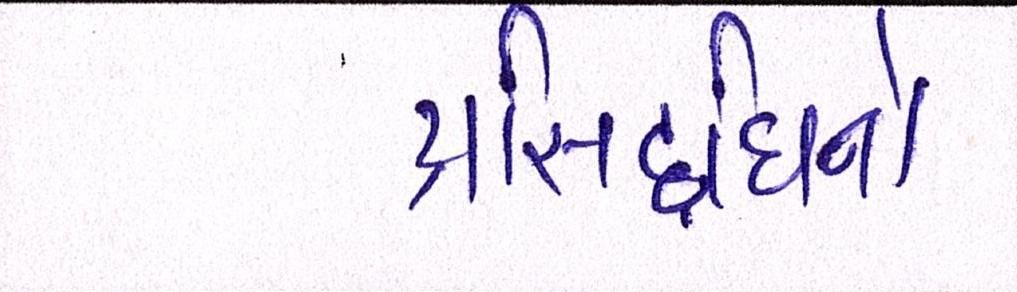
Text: પ્રસિદ્ધિનો